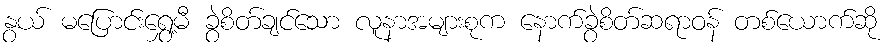
နွယ် မပြောင်းရွှေ့မီ ခွဲစိတ်ချင်သော လူနာအများစုက နောက်ခွဲစိတ်ဆရာဝန် တစ်ယောက်ဆို